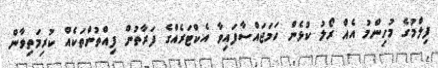
ފިލްމުގެ މުހިންމު އެއް ރޯލު ކުޅެން ހަމަޖައްސާފައިވާ އެކްޓަރެއްގެ ފަރާތުން ފިއްތުންތަކެއް ކުރިމަތިވާން